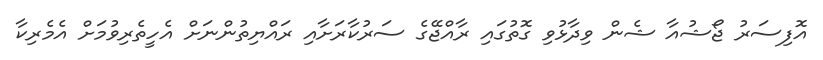
އޮފިސަރު ޖޯޝުއާ ޝެން ވިދާޅުވި ގޮތުގައި ރާއްޖޭގެ ސަރުކާރަށާއި ރައްޔިތުންނަށް އެހީތެރިވުމަށް އެމެރިކާ